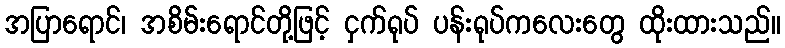
အပြာရောင်၊ အစိမ်းရောင်တို့ဖြင့် ငှက်ရုပ် ပန်းရုပ်ကလေးတွေ ထိုးထားသည်။